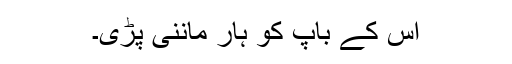
اس کے باپ کو ہار ماننی پڑی۔